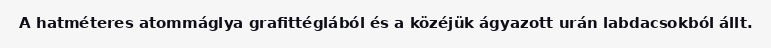
A hatméteres atommáglya grafittéglából és a közéjük ágyazott urán labdacsokból állt.